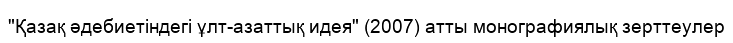
"Қазақ әдебиетіндегі ұлт-азаттық идея" (2007) атты монографиялық зерттеулер